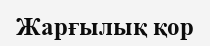
Жарғылық қор